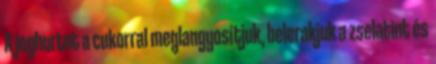
A joghurtot a cukorral meglangyosítjuk, belerakjuk a zselatint és